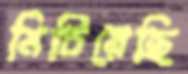
মিটিয়েছি